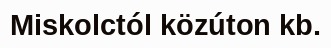
Miskolctól közúton kb.